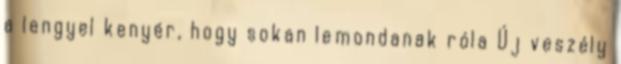
a lengyel kenyér, hogy sokan lemondanak róla Új veszély